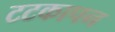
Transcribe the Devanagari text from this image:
टटकापन